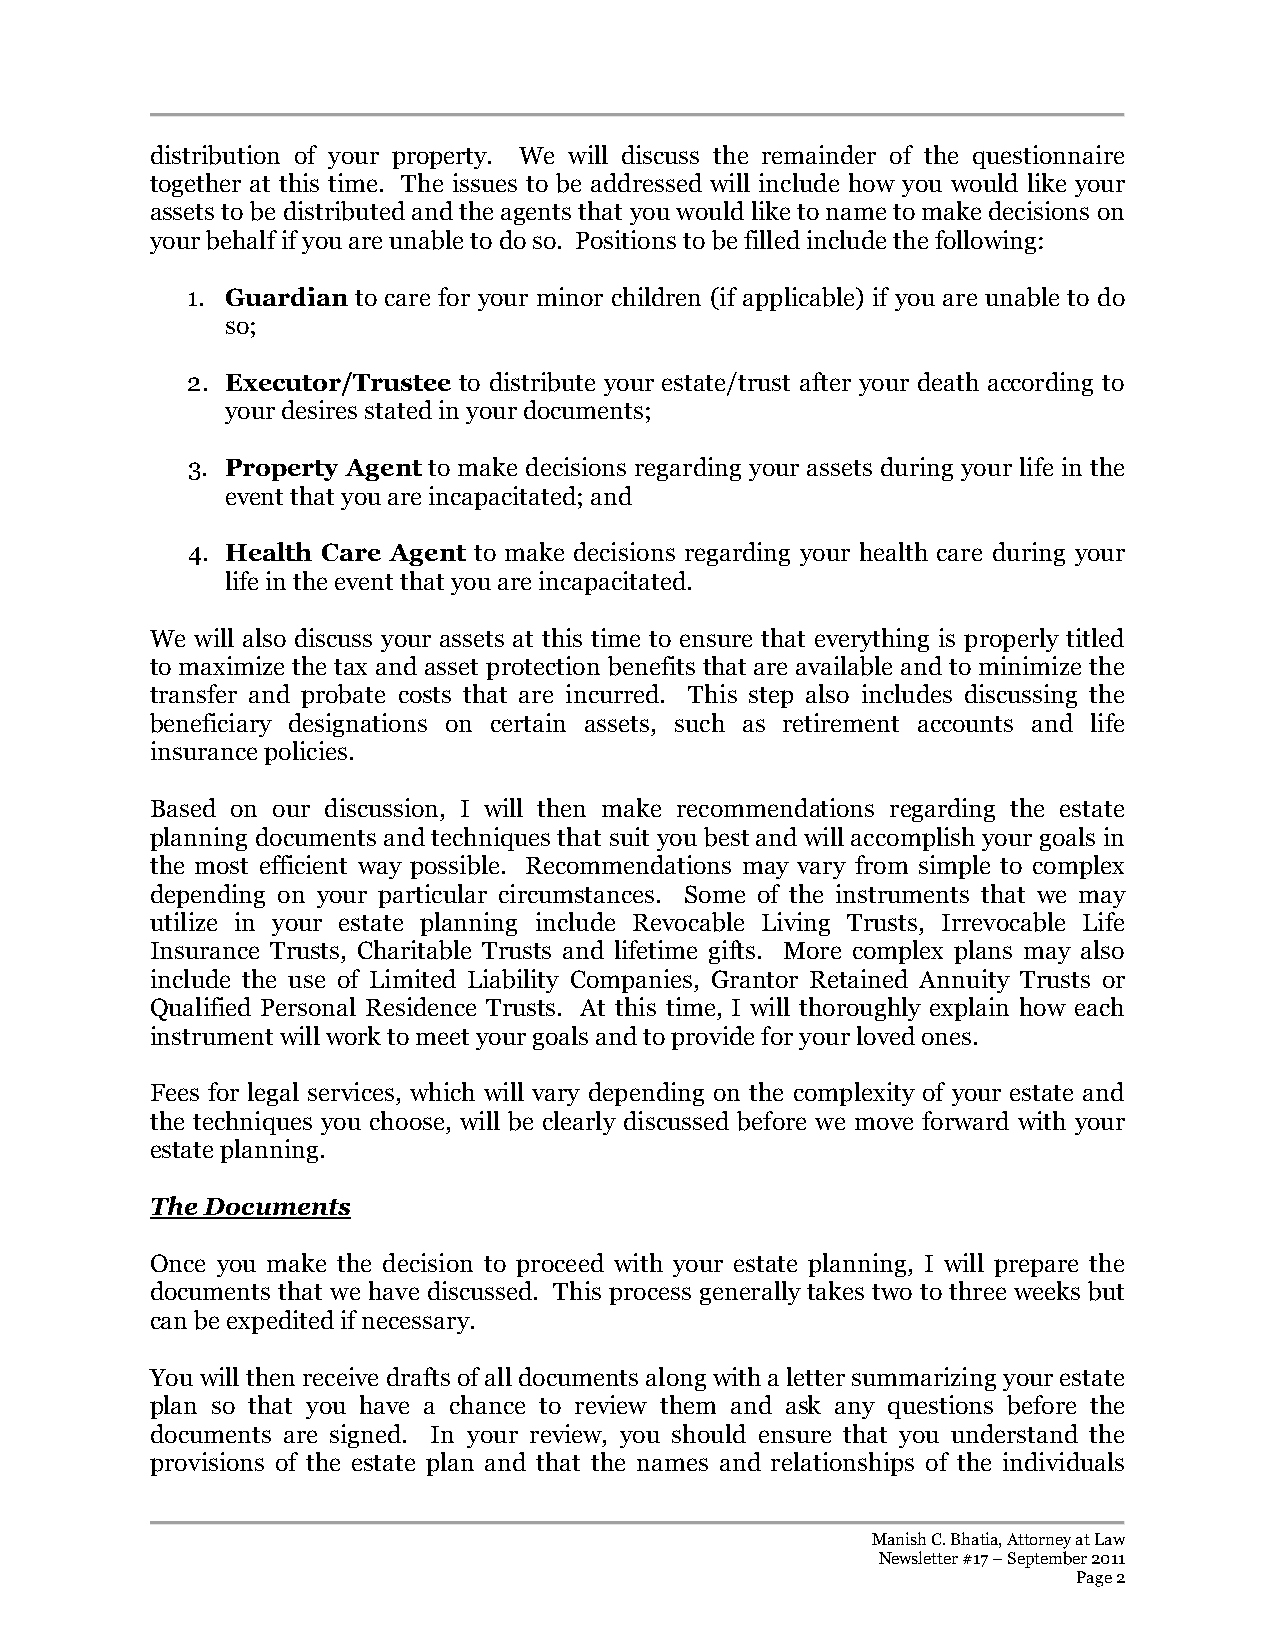
distribution of your property. We will discuss the remainder of the questionnaire
 together at this time. The issues to be addressed will include how you would like your
 assets to be distributed and the agents that you would like to name to make decisions on
 your behalf if you are unable to do so. Positions to be filled include the following:
 1. Guardian to care for your minor children (if applicable) if you are unable to do
 so;
 2. Executor/Trustee to distribute your estate/trust after your death according to
 your desires stated in your documents;
 3. Property Agent to make decisions regarding your assets during your life in the
 event that you are incapacitated; and
 4. Health Care Agent to make decisions regarding your health care during your
 life in the event that you are incapacitated.
 We will also discuss your assets at this time to ensure that everything is properly titled
 to maximize the tax and asset protection benefits that are available and to minimize the
 transfer and probate costs that are incurred. This step also includes discussing the
 beneficiary designations on certain assets, such as retirement accounts and life
 insurance policies.
 Based on our discussion, I will then make recommendations regarding the estate
 planning documents and techniques that suit you best and will accomplish your goals in
 the most efficient way possible. Recommendations may vary from simple to complex
 depending on your particular circumstances. Some of the instruments that we may
 utilize in your estate planning include Revocable Living Trusts, Irrevocable Life
 Insurance Trusts, Charitable Trusts and lifetime gifts. More complex plans may also
 include the use of Limited Liability Companies, Grantor Retained Annuity Trusts or
 Qualified Personal Residence Trusts. At this time, I will thoroughly explain how each
 instrument will work to meet your goals and to provide for your loved ones.
 Fees for legal services, which will vary depending on the complexity of your estate and
 the techniques you choose, will be clearly discussed before we move forward with your
 estate planning.
 The Documents
 Once you make the decision to proceed with your estate planning, I will prepare the
 documents that we have discussed. This process generally takes two to three weeks but
 can be expedited if necessary.
 You will then receive drafts of all documents along with a letter summarizing your estate
 plan so that you have a chance to review them and ask any questions before the
 documents are signed. In your review, you should ensure that you understand the
 provisions of the estate plan and that the names and relationships of the individuals
 Manish C. Bhatia, Attorney at Law
 Newsletter #17 – September 2011
 Page 2